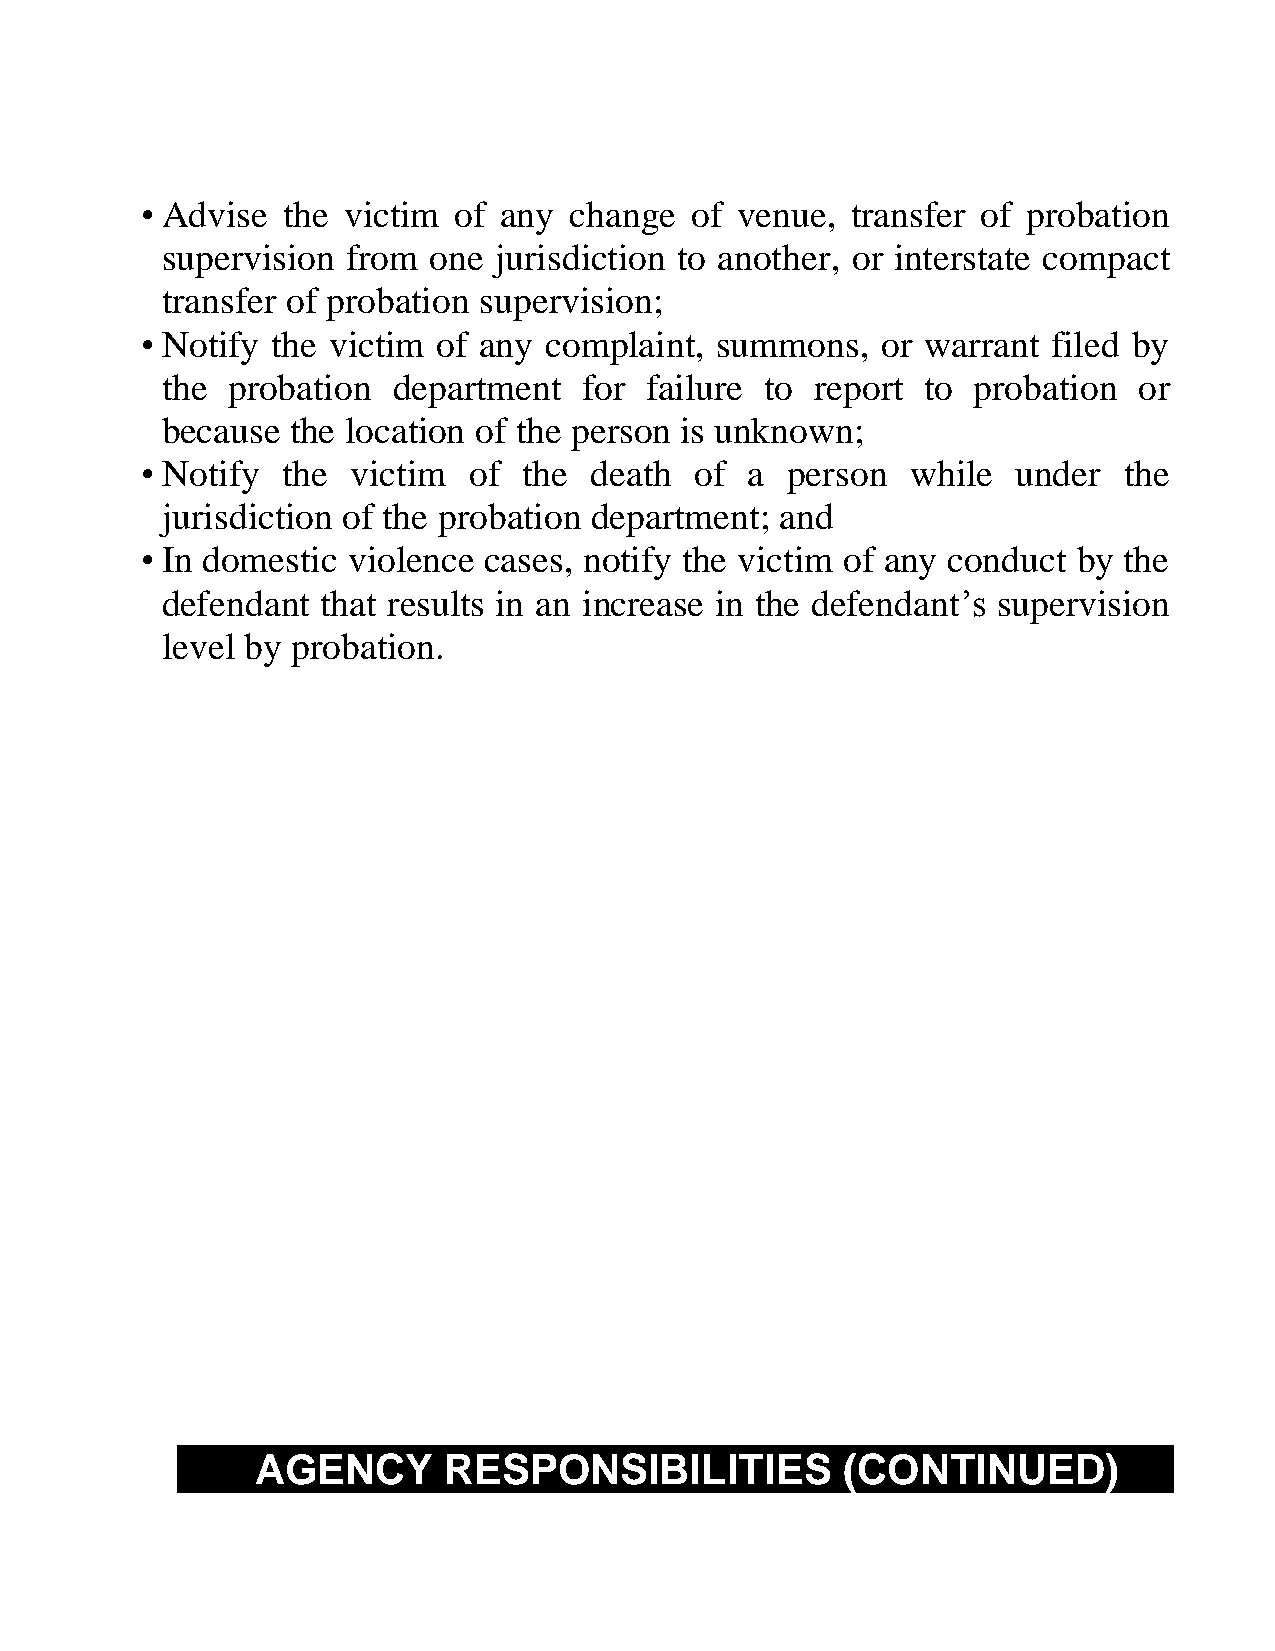
• Advise  the victim of any  change  of venue, transfer of probation
 supervision from one  jurisdiction to another, or interstate compact
 transfer of probation supervision;
 • Notify the victim of any complaint, summons,   or warrant  filed by
 the probation  department   for failure to report to probation  or
 because the location of the person is unknown;
 • Notify  the victim  of  the death  of  a person  while  under  the
 jurisdiction of the probation department; and
 • In domestic violence cases, notify the victim of any conduct by the
 defendant that results in an increase in the defendant’s supervision
 level by probation.
 AGENCY      RESPONSIBILITIES           (CONTINUED)